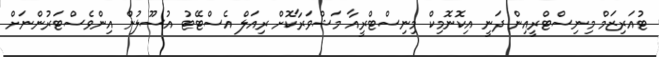
ޓުއަރިޒަމް މިނިސްޓްރީއިން ދަނީ އިކޮނޮމިކް މިނިސްޓްރީއާ މަޝްވަރާކޮށް ރިއަލް އެސްޓޭޓު އުސޫލުން އިންވެސްޓަރުންނަށް